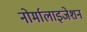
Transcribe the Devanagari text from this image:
नोर्मालाइजेशन